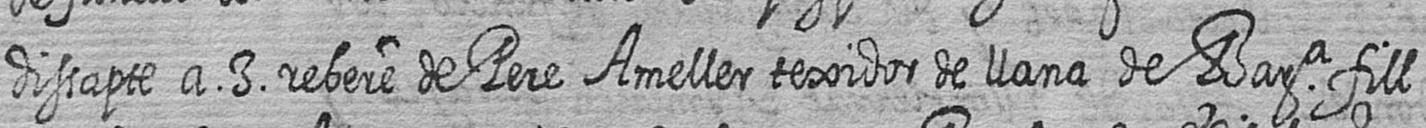
dissapte a 3 rebere de Pere Ameller texidor de llana de Bara fill